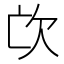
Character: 𣢅